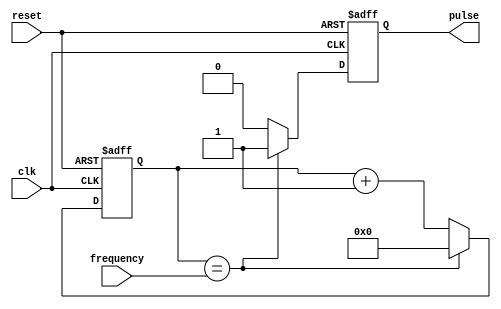
module pulse_generator(
    input wire clk,
    input wire reset,
    input wire [7:0] frequency,
    output reg pulse
);

reg [7:0] counter;

always @(posedge clk or posedge reset) begin
    if (reset) begin
        counter <= 0;
        pulse <= 0;
    end else begin
        if (counter == frequency) begin
            pulse <= 1;
            counter <= 0;
        end else begin
            pulse <= 0;
            counter <= counter + 1;
        end
    end
end

endmodule